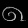
Digit: ၈